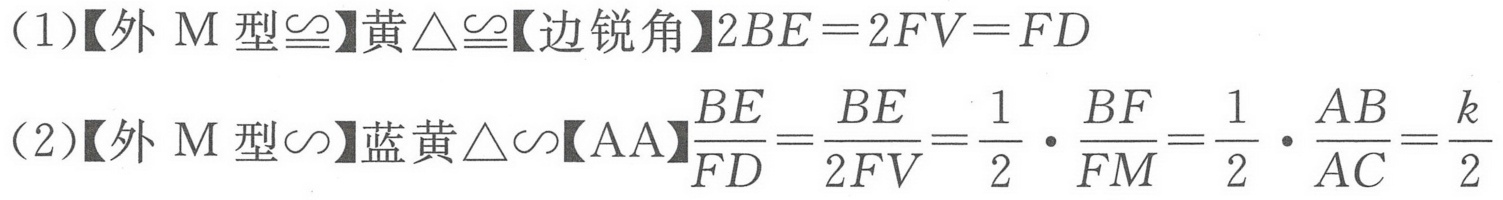
(1)【外M型$\cong$】黄$\triangle\cong$【边锐角】$2BE = 2FV=FD$
(2)【外M型$\sim$】蓝黄$\triangle\sim$【AA】$\dfrac{BE}{FD}=\dfrac{BE}{2FV}=\dfrac{1}{2}\cdot\dfrac{BF}{FM}=\dfrac{1}{2}\cdot\dfrac{AB}{AC}=\dfrac{k}{2}$